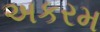
અકરમ